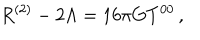
LaTeX: R ^ { ( 2 ) } - 2 \Lambda = 1 6 \pi G T ^ { 0 0 } \, ,